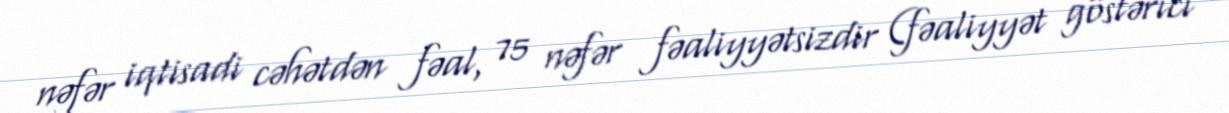
nəfər iqtisadi cəhətdən fəal, 75 nəfər fəaliyyətsizdir (fəaliyyət göstərici